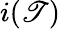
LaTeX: i(\mathscr{T})